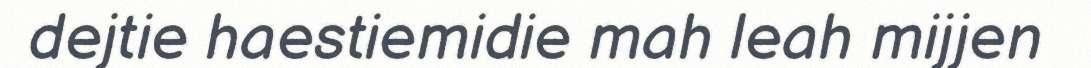
dejtie haestiemidie mah leah mijjen